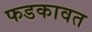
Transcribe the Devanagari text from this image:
फडकावत